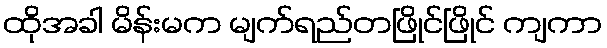
ထိုအခါ မိန်းမက မျက်ရည်တဖြိုင်ဖြိုင် ကျကာ